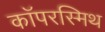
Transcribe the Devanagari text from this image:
कॉपरस्मिथ